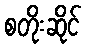
စတိုးဆိုင်